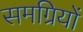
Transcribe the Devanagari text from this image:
समग्रियों